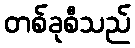
တစ်ခုစီသည်